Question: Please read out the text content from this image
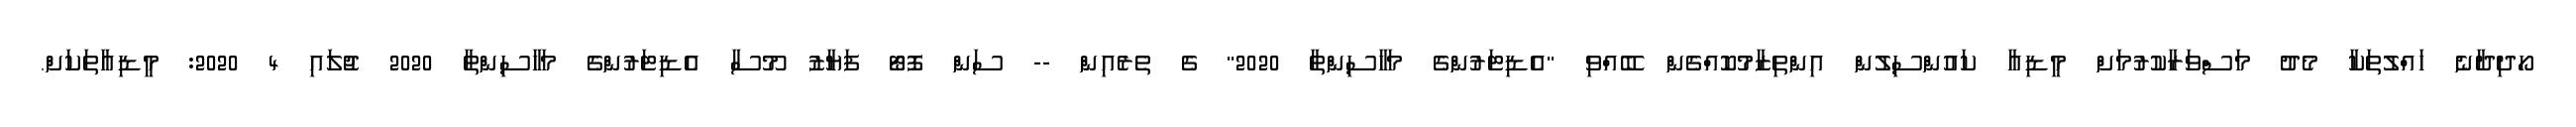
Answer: ހޯދިދާނެ ހައްލުތަކާ މެދު މަސްވަރާކުރުމަށް މީޑިއާ ކައުންސިލުން އިންތިޒާމުކޮއްގެން ބޭއްވި "އެޑިޓަރުންގެ މަހާސިންތާ 2020" ގެ ތެރެއިން -- ސަން ފޮޓޯ ފަޔާޒު މޫސާ އެޑިޓަރުންގެ މަހާސިންތާ 2020 ޖުލައި 4 2020: މީޑިއާތަކަށް.